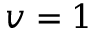
v = 1